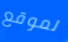
لموقع